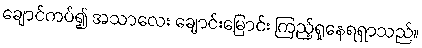
ချောင်ကပ်၍ အသာလေး ချောင်းမြောင်း ကြည့်ရှုနေရရှာသည်။